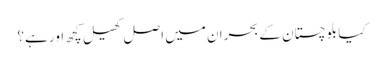
کیا بلوچستان کے بحران میں اصل کھیل کچھ اور ہے؟